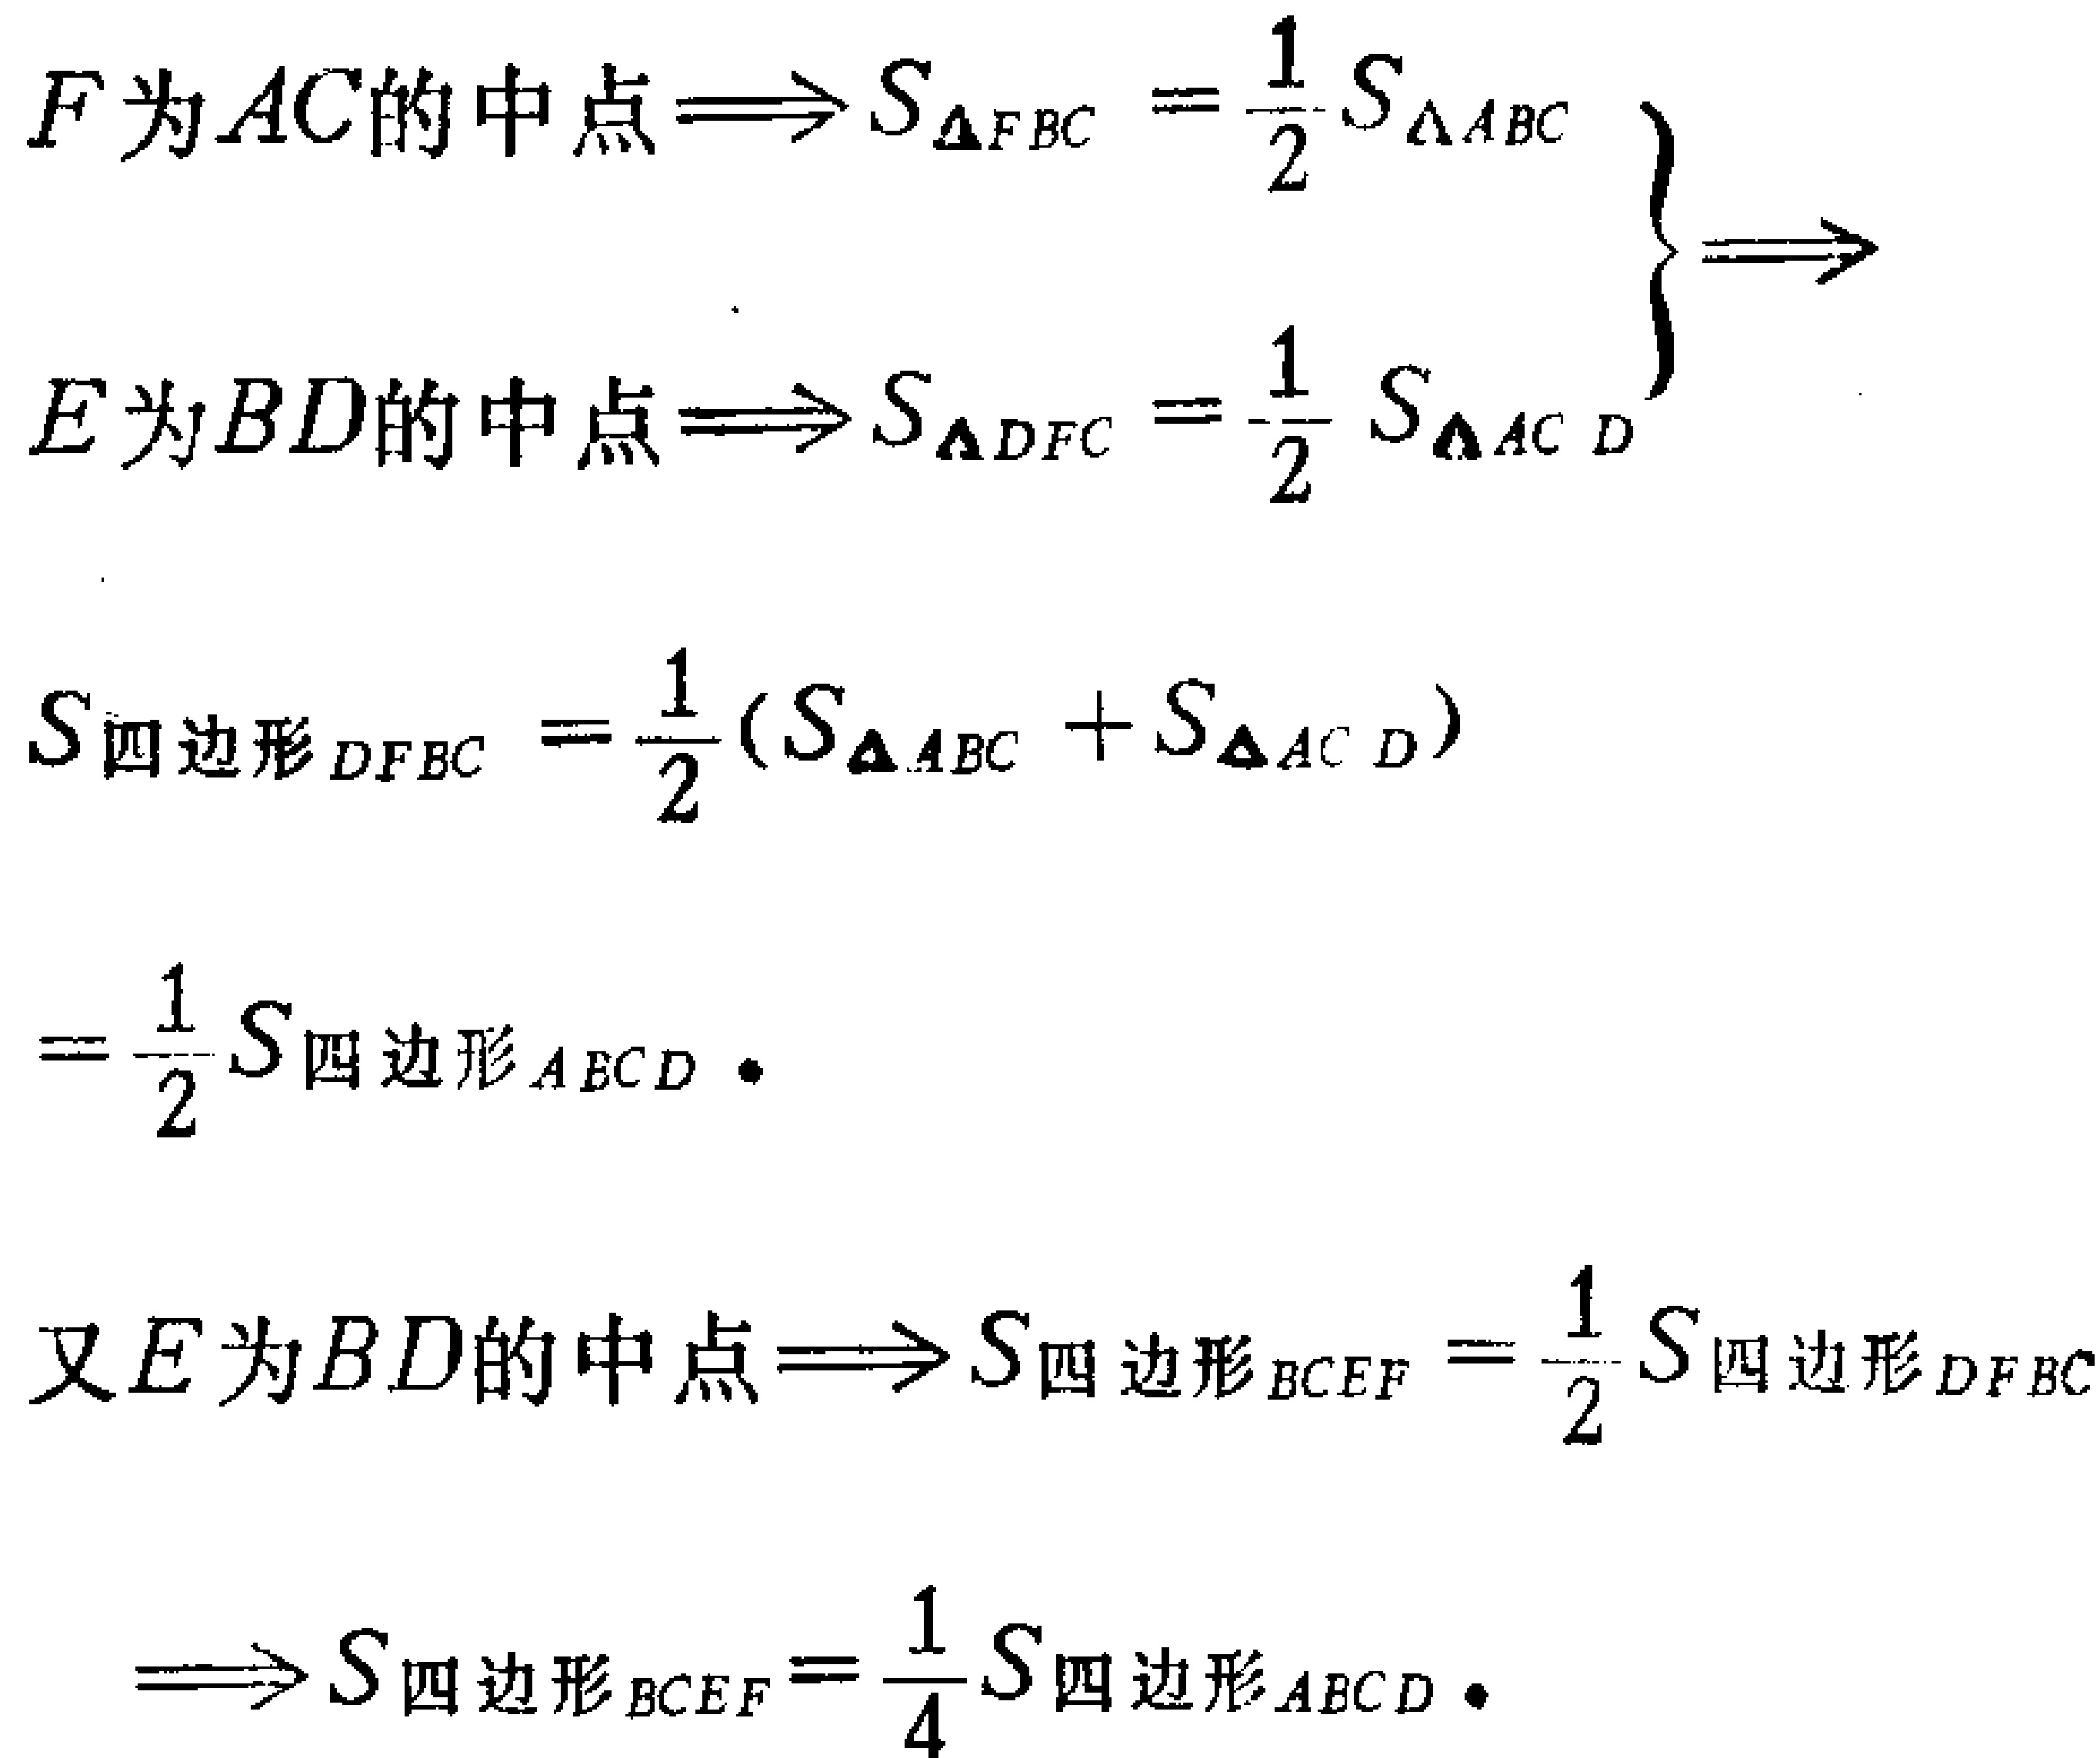
\(

\begin{align*}

&F为AC的中点\Longrightarrow S_{\triangle FBC}=\frac{1}{2}S_{\triangle ABC}\\

&E为BD的中点\Longrightarrow S_{\triangle DFC}=\frac{1}{2}S_{\triangle ACD}\\

\end{align*}

\left.\begin{array}{l}

\\

\end{array}\right\}

\Longrightarrow

\begin{align*}

S_{四边形DFBC}&=\frac{1}{2}(S_{\triangle ABC} + S_{\triangle ACD})\\

&=\frac{1}{2}S_{四边形ABCD}\cdot\\

\end{align*}\\

又E为BD的中点\Longrightarrow S_{四边形BCEF}=\frac{1}{2}S_{四边形DFBC}\\

\Longrightarrow S_{四边形BCEF}=\frac{1}{4}S_{四边形ABCD}\cdot

\)